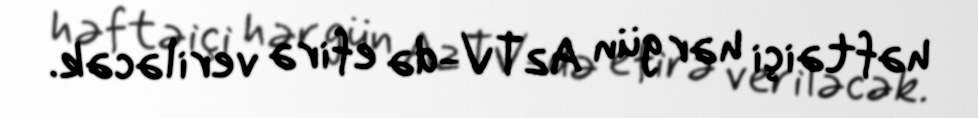
həftəiçi hər gün AzTV-də efirə veriləcək.